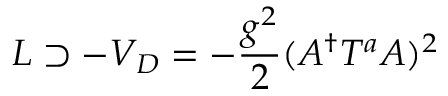
{ \cal L } \supset - V _ { D } = - \frac { g ^ { 2 } } { 2 } ( A ^ { \dagger } T ^ { a } A ) ^ { 2 }